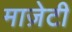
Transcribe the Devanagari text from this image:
माज़ेटी